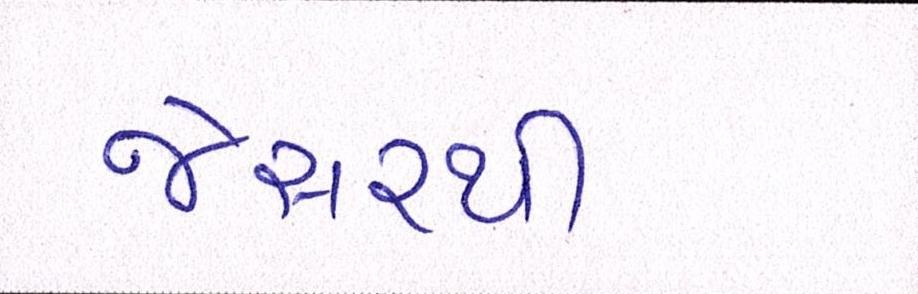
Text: જેસરથી